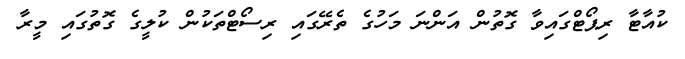
ކުއާޓާ ރިޕޯޓްގައިވާ ގޮތުން އަންނަ މަހުގެ ތެރޭގައި ރިސޯޓްތަކުން ކުލީގެ ގޮތުގައި މީރާ